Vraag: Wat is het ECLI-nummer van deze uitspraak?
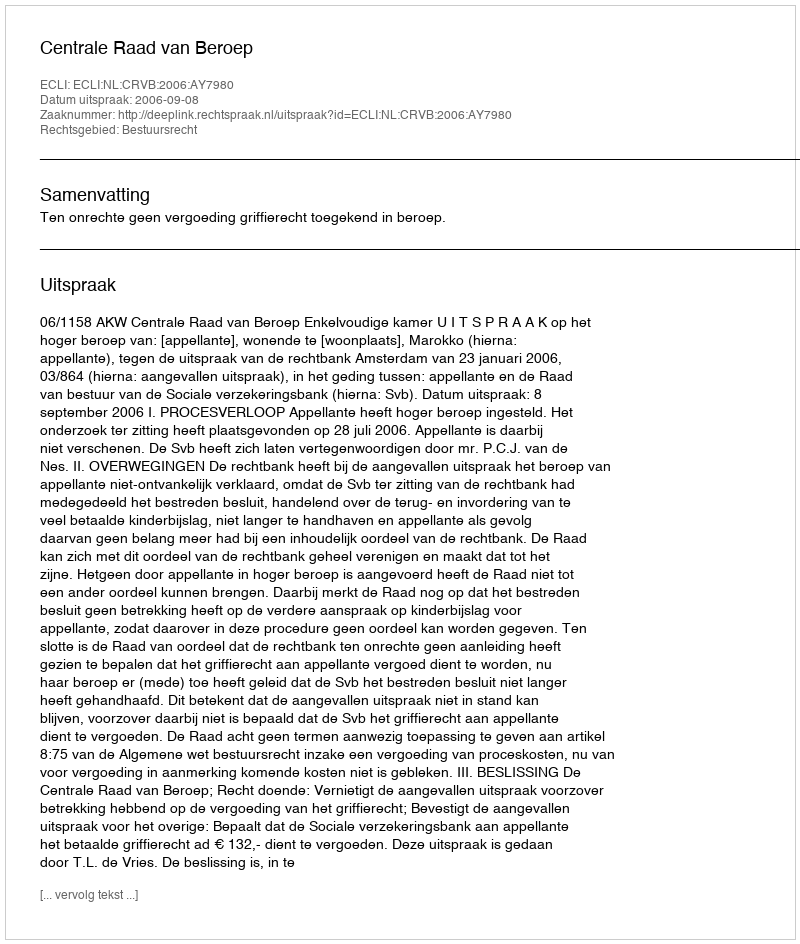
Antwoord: ECLI:NL:CRVB:2006:AY7980